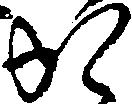
か